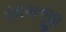
સામજી